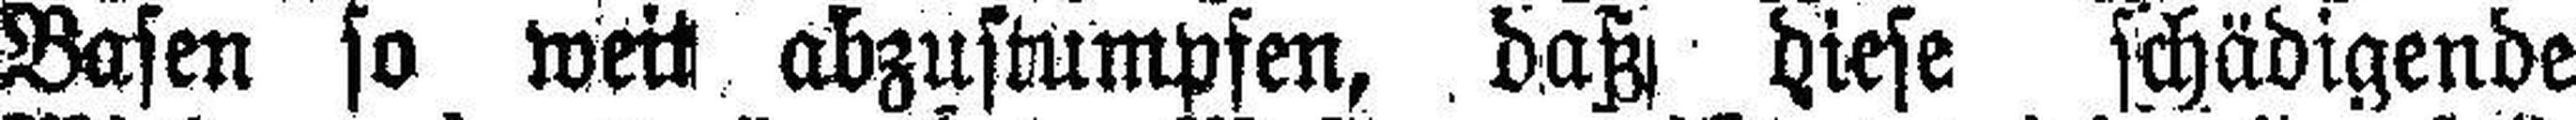
Basen so weit abzustumpfen, daß diese schädigende